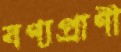
বণ্যপ্রাণী